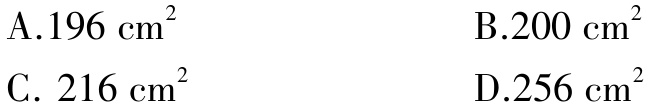
A.$196\ \mathrm{cm}^{2}$  B.$200\ \mathrm{cm}^{2}$  C. $216\ \mathrm{cm}^{2}$  D.$256\ \mathrm{cm}^{2}$